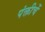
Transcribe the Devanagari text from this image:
पंक्तीचें